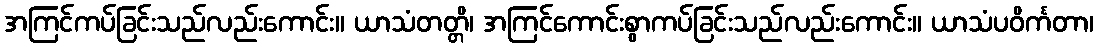
အကြင်ကပ်ခြင်းသည်လည်းကောင်း။ ယာသံတတ္တိ၊ အကြင်ကောင်းစွာကပ်ခြင်းသည်လည်းကောင်း။ ယာသံပဝိင်္ကတာ၊